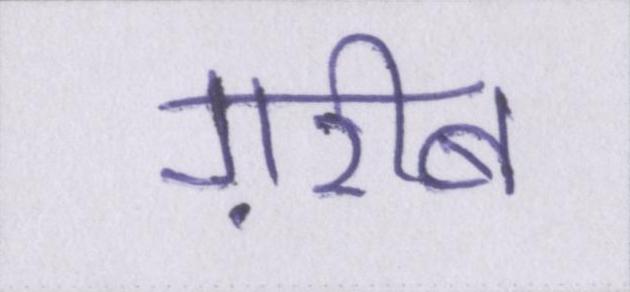
ग़रीब